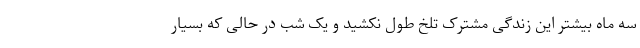
سه ماه بیشتر این زندگی مشترک تلخ طول نکشید و یک شب در حالی که بسیار